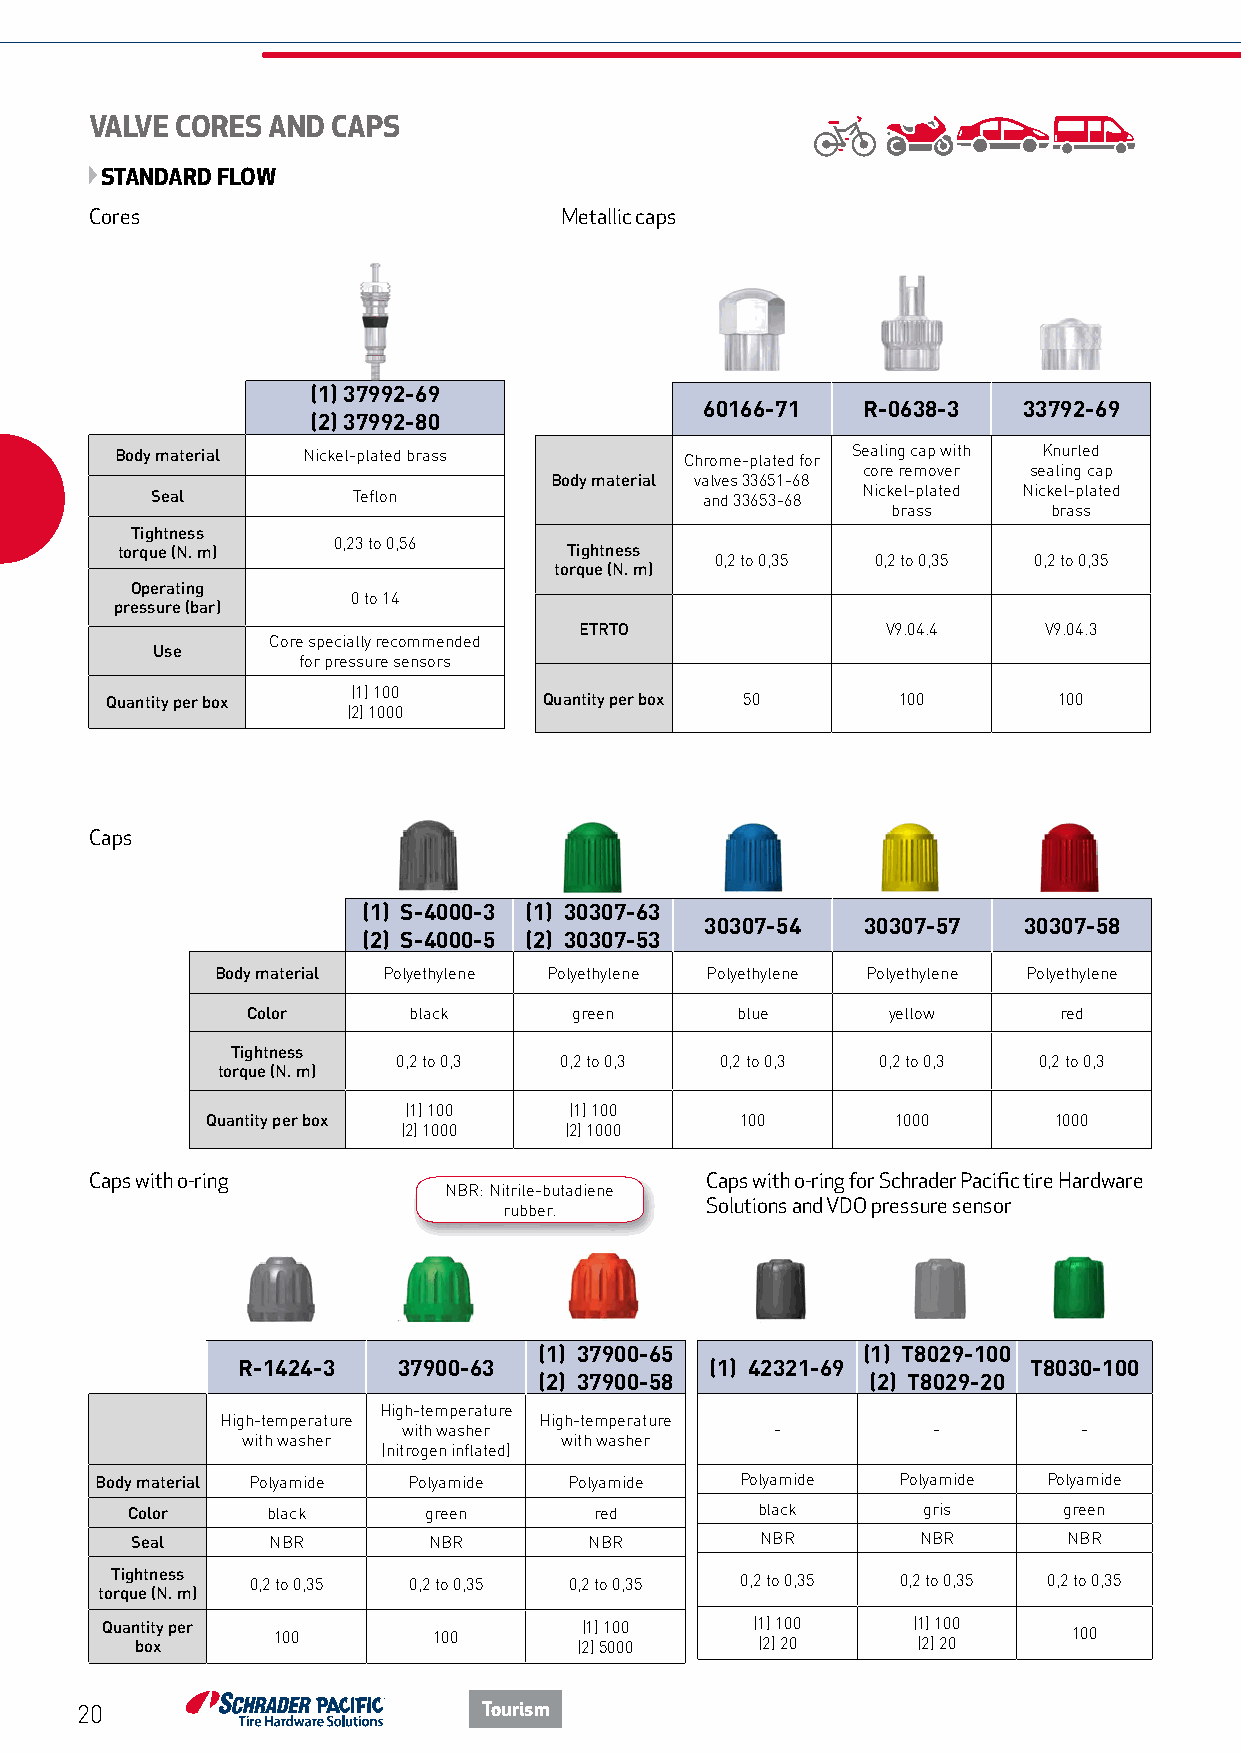
VALVE CORES AND CAPS
 STANDARD FLOW
 Cores                          Metallic caps
 (1) 37992-69
 60166-71  R-0638-3   33792-69
 (2) 37992-80
 Body material Nickel-plated brass    Chrome-plated for Sealing cap with Knurled
 core remover sealing cap
 Body material valves 33651-68
 Seal         Teflon                 and 33653-68 Nickel-plated Nickel-plated
 brass      brass
 Tightness
 0,23 to 0,56
 torque (N. m)                 Tightness
 0,2 to 0,35 0,2 to 0,35 0,2 to 0,35
 torque (N. m)
 Operating
 0 to 14
 pressure (bar)
 ETRTO                V9.04.4   V9.04.3
 Core specially recommended
 Use
 for pressure sensors
 Quantity per box (1) 100     Quantity per box 50    100        100
 (2) 1000
 Caps
 (1) S-4000-3 (1) 30307-63
 30307-54  30307-57   30307-58
 (2) S-4000-5 (2) 30307-53
 Body material Polyethylene Polyethylene Polyethylene Polyethylene Polyethylene
 Color      black      green      blue      yellow     red
 Tightness
 0,2 to 0,3 0,2 to 0,3 0,2 to 0,3 0,2 to 0,3 0,2 to 0,3
 torque (N. m)
 (1) 100    (1) 100
 Quantity per box                   100       1000       1000
 (2) 1000  (2) 1000
 Caps with o-ring                         Caps with o-ring for Schrader Pacific tire Hardware
 NBR: Nitrile-butadiene
 rubber.       Solutions and VDO pressure sensor
 (1) 37900-65         (1) T8029-100
 R-1424-3  37900-63             (1) 42321-69         T8030-100
 (2) 37900-58         (2) T8029-20
 High-temperature
 High-temperature     High-temperature
 with washer             -          -         -
 with washer          with washer
 (nitrogen inflated)
 Body material Polyamide Polyamide Polyamide Polyamide Polyamide Polyamide
 Color     black     green      red        black      gris     green
 Seal     NBR       NBR        NBR        NBR        NBR       NBR
 Tightness 0,2 to 0,35 0,2 to 0,35 0,2 to 0,35 0,2 to 0,35 0,2 to 0,35 0,2 to 0,35
 torque (N. m)
 Quan bt oit xy per 100 100     (( 21 )) 5 1 00 00 0 ( (1 2) ) 1 20 00 ( (1 2) ) 1 20 00 100
 20                         Tourism